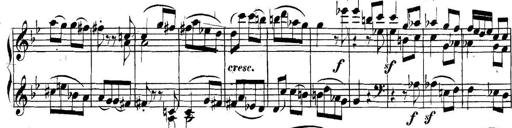
Title: Collected Piano Sonatas
Composer: Muzio Clementi